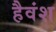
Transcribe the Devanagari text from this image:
हैवंश